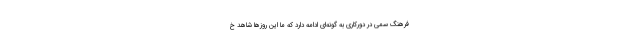
فرهنگ سمی در دورکاری به گونه‌ای ادامه دارد که ما این روزها شاهد خ